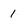
Character: 1